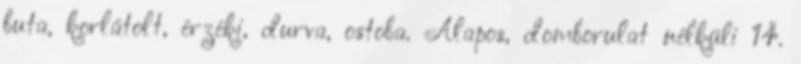
buta, korlátolt, érzéki, durva, ostoba. Alapos, domborulat nélküli 14.